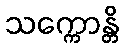
သက္ကောန္တိ